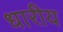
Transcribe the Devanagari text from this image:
धारीय